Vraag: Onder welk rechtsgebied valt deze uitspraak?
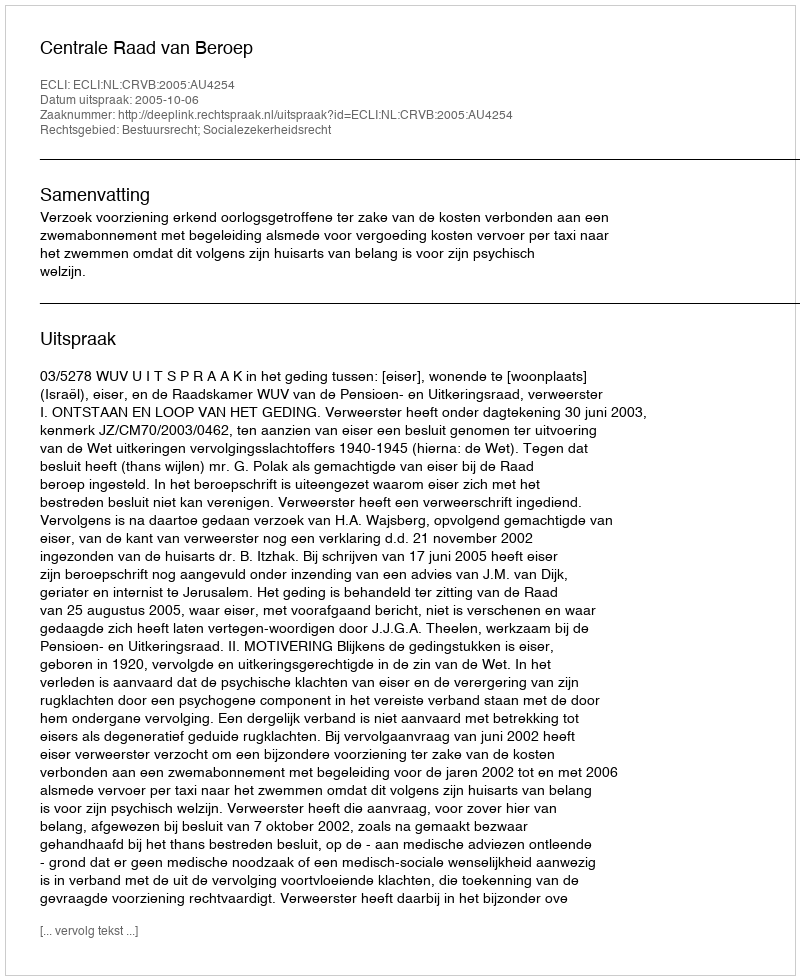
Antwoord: Bestuursrecht; Socialezekerheidsrecht